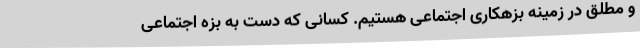
و مطلق در زمینه بزهکاری اجتماعی هستیم. کسانی که دست به بزه اجتماعی